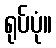
ရုပ်ပုံ။